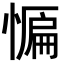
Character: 𭞒